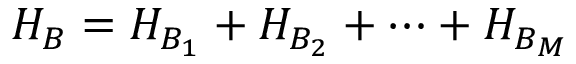
H _ { B } = H _ { B _ { 1 } } + H _ { B _ { 2 } } + \dots + H _ { B _ { M } }